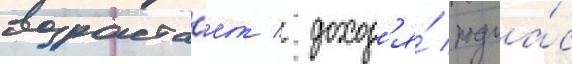
возраста́ет / доход'я́ подча́с